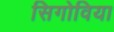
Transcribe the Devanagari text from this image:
सिगोविया